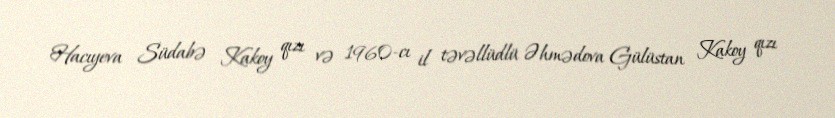
Hacıyeva Südabə Kakoy qızı və 1960-cı il təvəllüdlü Əhmədova Gülüstan Kakoy qızı